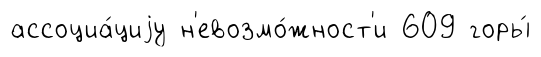
ассоциа́циjу н'евозмо́жност'и 609 горы́